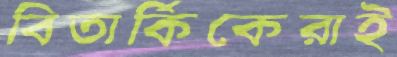
বিতার্কিকেরাই